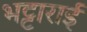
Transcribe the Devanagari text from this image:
भट्टाराई